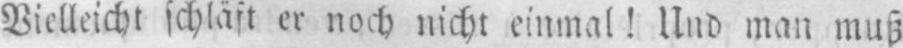
Vielleicht schläft er noch nicht einmal! Und man muß